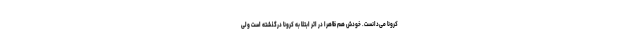
کرونا می‌دانست. خودش هم ظاهرا در اثر ابتلا به کرونا درگذشته است ولی